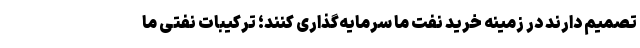
تصمیم دارند در زمینه خرید نفت ما سرمایه‌گذاری کنند؛ ترکیبات نفتی ما